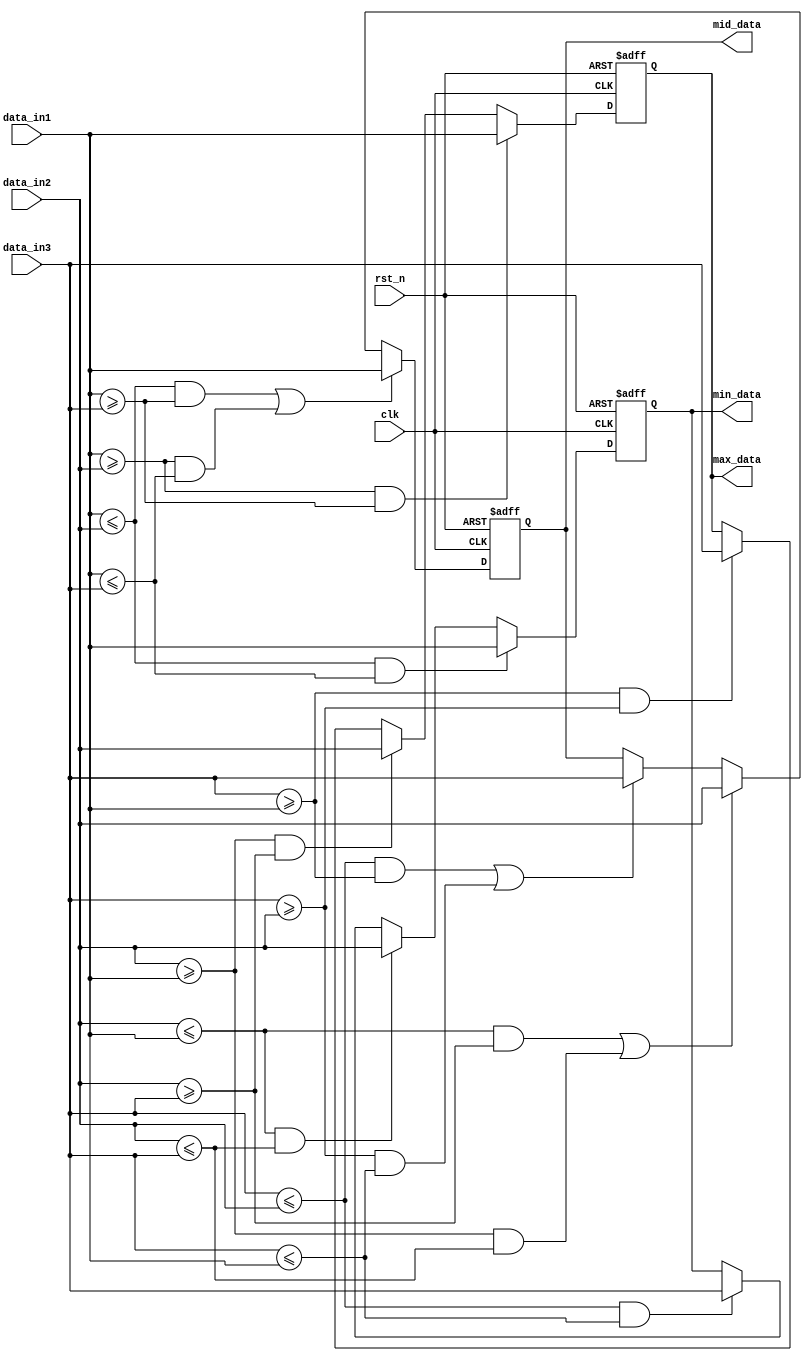
/*-----------------------------------------------------------------------
* Version       :       1.0
* Description   :       Design for sort.
* -----------------------------------------------------------------------*/

module  sort_three
(
        //global clk
        input                   clk                     ,       
        input                   rst_n                   ,       

        //input data
        input       [ 7:0]      data_in1                ,
        input       [ 7:0]      data_in2                ,
        input       [ 7:0]      data_in3                ,

        //sort  interface
        output  reg [ 7:0]      max_data                ,
        output  reg [ 7:0]      mid_data                ,
        output  reg [ 7:0]      min_data            

);  

//--------------------------------
////Funtion : define
wire    [  7:0]      shiftout            ;
wire    [255:0]      taps                ;


//---------------------------------
////Funtion : find the max data

always @(posedge clk or negedge rst_n)
begin
    if(!rst_n)
        max_data <= 1'd0;
    else if(data_in1 >= data_in2 && data_in1 >= data_in3)
        max_data <= data_in1;
    else if(data_in2 >= data_in1 && data_in2 >= data_in3)
        max_data <= data_in2;
    else if(data_in3 >= data_in1 && data_in3 >= data_in2)
        max_data <= data_in3;
end


//--------------------------------
////Funtion : find the median data

always @(posedge clk or negedge rst_n)
begin
     if(!rst_n)
         mid_data <= 1'd0;
     else if((data_in1 <= data_in2 && data_in1 >= data_in3) || (data_in1 >= data_in2 && data_in1 <= data_in3))
         mid_data <= data_in1;
     else if((data_in2 <= data_in1 && data_in2 >= data_in3) || (data_in2 >= data_in1 && data_in2 <= data_in3))
         mid_data <= data_in2;
     else if((data_in3 <= data_in2 && data_in3 >= data_in1) || (data_in3 >= data_in2 && data_in3 <= data_in1))
         mid_data <= data_in3;
end

//--------------------------------
////Funtion : find the min data

always @(posedge clk or negedge rst_n)
begin
    if(!rst_n)
        min_data <= 1'd0;
    else if(data_in1 <= data_in2 && data_in1 <= data_in3)
        min_data <= data_in1;
    else if(data_in2 <= data_in1 && data_in2 <= data_in3)
        min_data <= data_in2;
    else if(data_in3 <= data_in2 && data_in3 <= data_in1)
        min_data <= data_in3;
end


endmodule